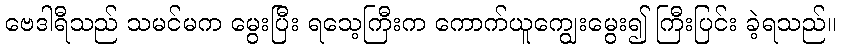
ဗေဒါရီသည် သမင်မက မွေးပြီး ရသေ့ကြီးက ကောက်ယူကျွေးမွေး၍ ကြီးပြင်း ခဲ့ရသည်။